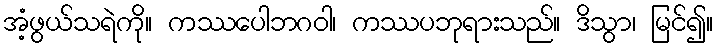
အံ့ဖွယ်သရဲကို။ ကဿပေါဘဂဝါ၊ ကဿပဘုရားသည်။ ဒိသွာ၊ မြင်၍။